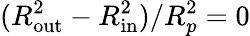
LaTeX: (R_{\mathrm{out}}^{2}-R_{\mathrm{in}}^{2})/R_{p}^{2}=0